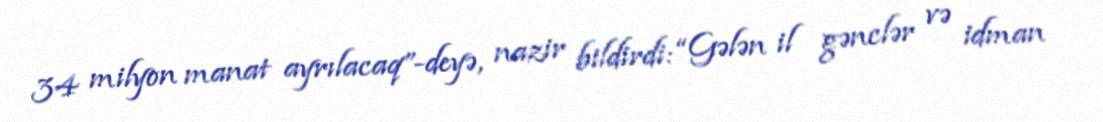
34 milyon manat ayrılacaq”-deyə, nazir bildirdi: “Gələn il gənclər və idman